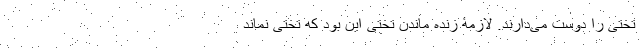
تختی را دوست می‌دارند. لازمۀ زنده ماندن تختی این بود که تختی نمانَد